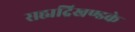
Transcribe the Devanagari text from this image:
सह्यद्रिखण्डके